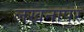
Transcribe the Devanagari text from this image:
लखनापुर